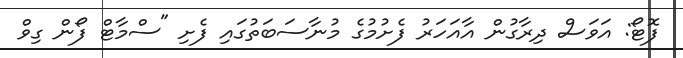
ފޮޓޯ: އަވަސް ދިރާގުން އާއަހަރު ފެށުމުގެ މުނާސަބަތުގައި ފެށި "ސްމާޓް ފޯން ގިވް